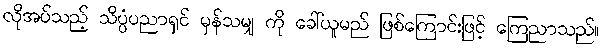
လိုအပ်သည့် သိပ္ပံပညာရှင် မှန်သမျှ ကို ခေါ်ယူမည် ဖြစ်ကြောင်းဖြင့် ကြေညာသည်။